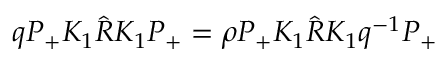
q P _ { + } K _ { 1 } \hat { R } K _ { 1 } P _ { + } = \rho P _ { + } K _ { 1 } \hat { R } K _ { 1 } q ^ { - 1 } P _ { + }